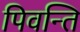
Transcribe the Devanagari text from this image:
पिवन्ति